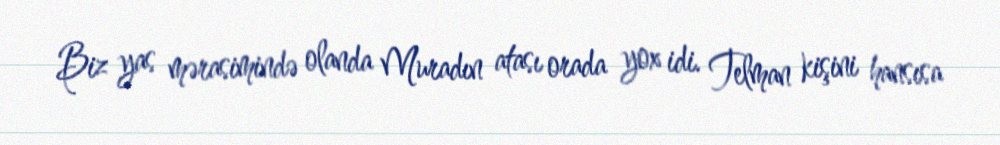
Biz yas mərasimində olanda Muradın atası orada yox idi. Telman kişini hansısa